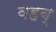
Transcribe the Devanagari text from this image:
वहब्